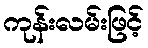
ကုန်းလမ်းဖြင့်